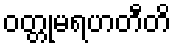
ဝတ္တုမရဟတီတိ